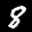
Label: 8